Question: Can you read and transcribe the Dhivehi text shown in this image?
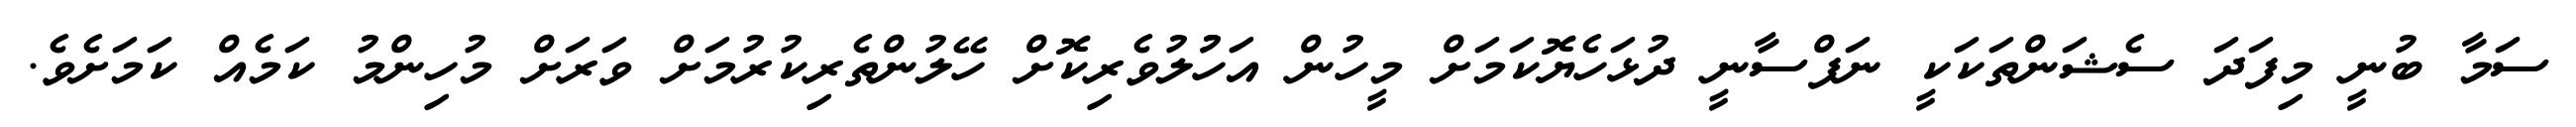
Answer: ސަމާ ބުނީ މިފަދަ ސެޝަންތަކަކީ ނަފްސާނީ ދުޅަހެޔޮކަމަށް މީހުން އަހުުލުވެރިކޮށް ހޭލުންތެރިކުރުމަށް ވަރަށް މުހިންމު ކަމެއް ކަމަށެވެ.